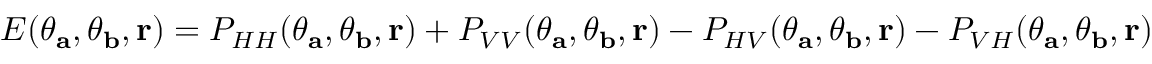
E ( \theta _ { \mathbf { a } } , \theta _ { \mathbf { b } } , { \bf r } ) = P _ { H H } ( \theta _ { \mathbf { a } } , \theta _ { \mathbf { b } } , { \bf r } ) + P _ { V V } ( \theta _ { \mathbf { a } } , \theta _ { \mathbf { b } } , { \bf r } ) - P _ { H V } ( \theta _ { \mathbf { a } } , \theta _ { \mathbf { b } } , { \bf r } ) - P _ { V H } ( \theta _ { \mathbf { a } } , \theta _ { \mathbf { b } } , { \bf r } )